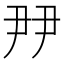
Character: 𡱉